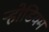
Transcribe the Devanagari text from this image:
ऱ्होडियम